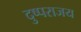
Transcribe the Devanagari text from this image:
दुष्पराजय